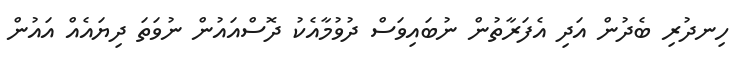
ހިނދުރި ބެދުން އަދި އެފަރާތުން ނުބައިވަސް ދުވުމާއެކު ދޮސްއައުން ނުވަތަ ދިޔައެއް އައުން